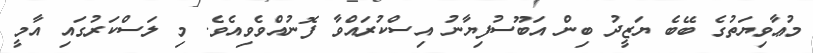
މުޢާވިޔަތުގެ ބޭބެ ޔަޒީދު ބިން އަބޫސުފިޔާނު އިސްކުރައްވާ ފޮނުއްވެވިއެވެ. މި ލަސްކަރުގައި އާމީ